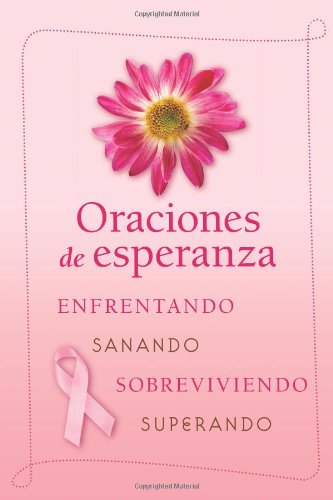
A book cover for Oraciones de esperanza: Enfrentando, Sanando, Sobreviviendo, Superando (Spanish Edition); Religion & Spirituality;